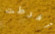
أفرطت